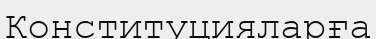
Конституцияларға